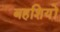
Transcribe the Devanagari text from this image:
बहशियों